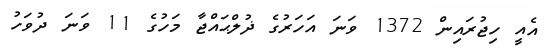
އެއީ ހިޖުރައިން 1372 ވަނަ އަހަރުގެ ޛުލްޙައްޖާ މަހުގެ 11 ވަނަ ދުވަހު